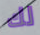
لك